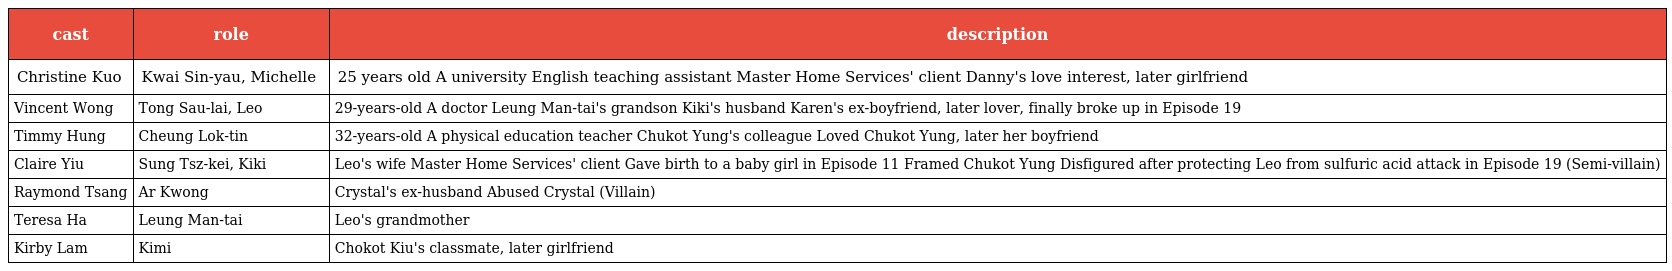
| cast | role | description |
 | --- | --- | --- |
 | Christine Kuo | Kwai Sin-yau, Michelle 季羡悠 | 25 years old A university English teaching assistant Master Home Services' client Danny's love interest, later girlfriend |
 | Vincent Wong | Tong Sau-lai, Leo 唐守禮 | 29-years-old A doctor Leung Man-tai's grandson Kiki's husband Karen's ex-boyfriend, later lover, finally broke up in Episode 19 |
 | Timmy Hung | Cheung Lok-tin 張樂天 | 32-years-old A physical education teacher Chukot Yung's colleague Loved Chukot Yung, later her boyfriend |
 | Claire Yiu | Sung Tsz-kei, Kiki 宋子淇 | Leo's wife Master Home Services' client Gave birth to a baby girl in Episode 11 Framed Chukot Yung Disfigured after protecting Leo from sulfuric acid attack in Episode 19 (Semi-villain) |
 | Raymond Tsang | Ar Kwong 阿廣 | Crystal's ex-husband Abused Crystal (Villain) |
 | Teresa Ha | Leung Man-tai 梁文涕 | Leo's grandmother |
 | Kirby Lam | Kimi | Chokot Kiu's classmate, later girlfriend |